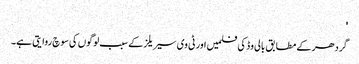
'
گردھر کے مطابق بالی وڈ کی فلمیں اور ٹی وی سیریلز کے سبب لوگوں کی سوچ روایتی ہے۔